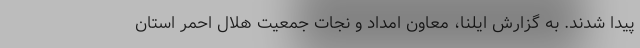
پیدا شدند. به گزارش ایلنا، معاون امداد و نجات جمعیت هلال احمر استان